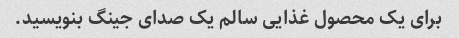
برای یک محصول غذایی سالم یک صدای جینگ بنویسید.